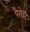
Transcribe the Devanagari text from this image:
पैरोड़ी